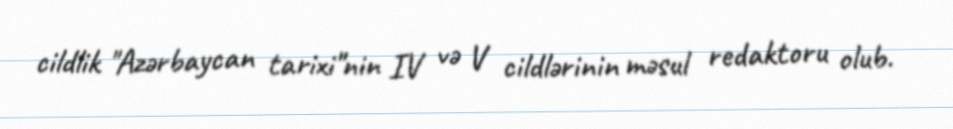
cildlik "Azərbaycan tarixi"nin IV və V cildlərinin məsul redaktoru olub.